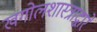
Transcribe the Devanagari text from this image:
खगोलशास्त्राद्वारे